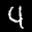
Label: 4